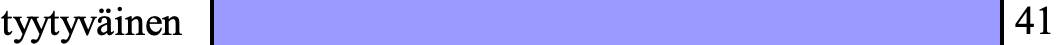
tyytyväinen                      41